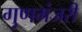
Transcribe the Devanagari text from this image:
गुणमंजरी